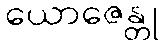
ယောဇေန္တု